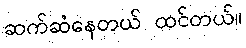
ဆက်ဆံနေတယ် ထင်တယ်။